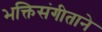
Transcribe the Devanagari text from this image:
भक्तिसंगीताने